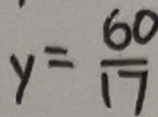
y = \frac { 6 0 } { 1 7 }